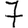
Digit: 7